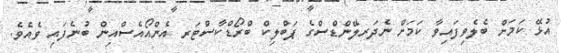
އުޅޭ ކަމަށް ބެލެވިފައިވާ ކަމަށް ނެދަރލޭންޑްސްގެ ޕަބްލިކް ބްރޯޑްކާސްޓަރ އެންއޯއެސްއިން ބުނެފައި ވެއެވެ.